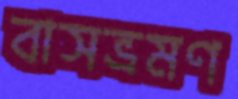
বাসভ্রমণ